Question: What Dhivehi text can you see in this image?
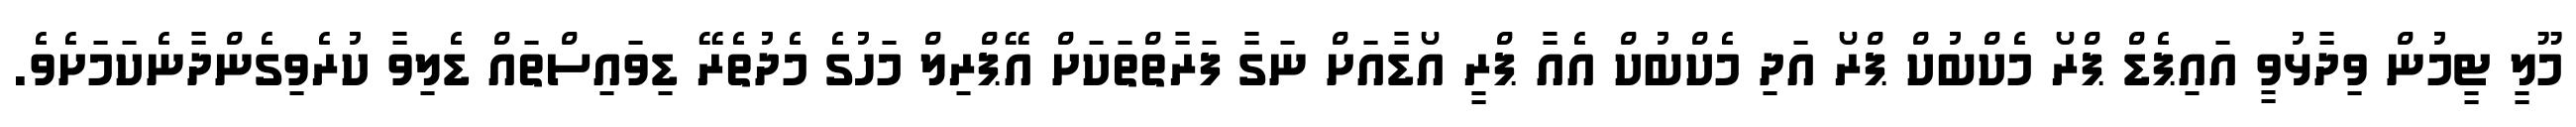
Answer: މޫލީ ޓީމުން ވިދާޅުވީ އައިޕެޑް ޕްރޯ މެކްބުކް ޕްރޯ އަދި މެކްބުކް އެއާ ޕްރީ އޯޑާއަށް ނަގާ ފަރާތްތަކަށް އޭޕްރިލް މަހުގެ މެދުތެރޭ ޑިވައިސްތައް ޑެލިވާ ކުރެވިގެންދާނެކަމަށެވެ.